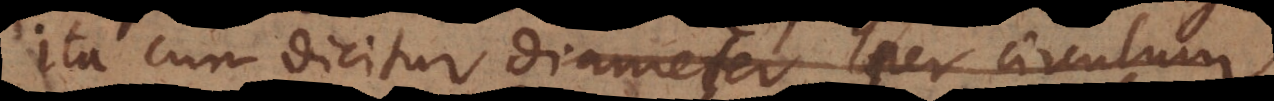
Ita cum dicitur diameter per circulum